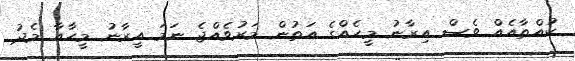
ކުއްތާއެއް ވެސް އިރާނު މީހެއްގެ އަތުން މަރުވެއްޖެ ނަމަ އީރާނު މީހާއާ މެދު